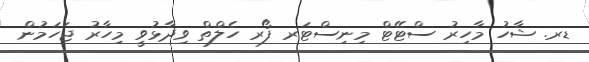
ޑރ. ޝާހު މާހިރު ސްޓޭޓް މިނިސްޓަރ ފޯރ ހެލްތް ވިދާޅުވީ މިހާރު ޖަހަމުން